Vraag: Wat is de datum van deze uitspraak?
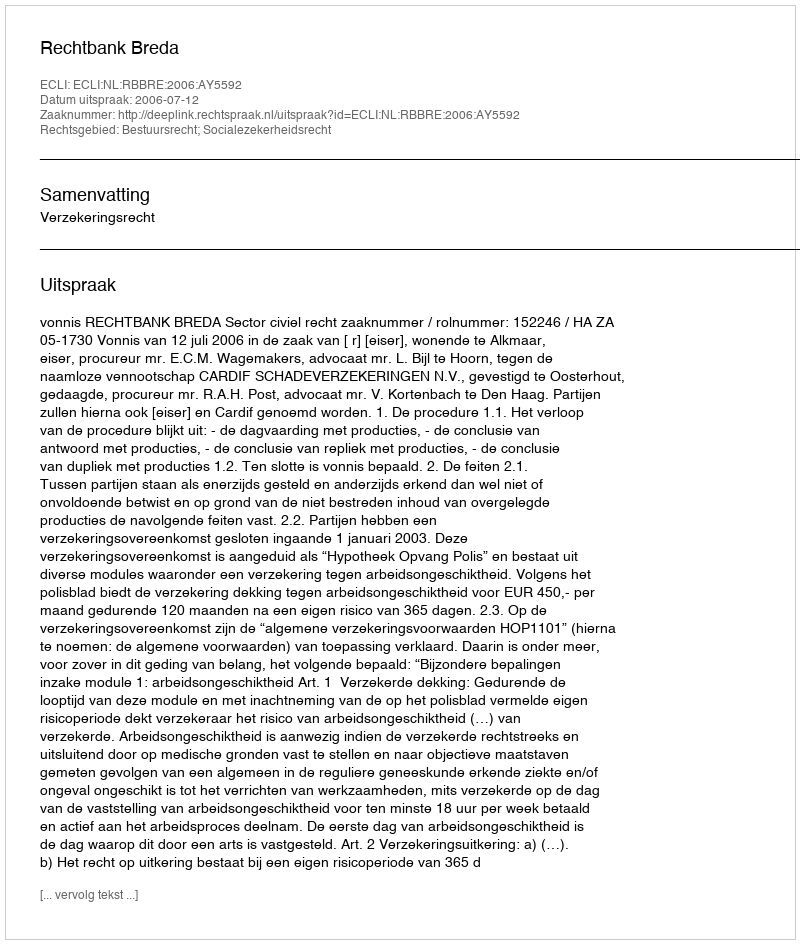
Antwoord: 2006-07-12